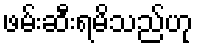
ဖမ်းဆီးရမိသည်ဟု